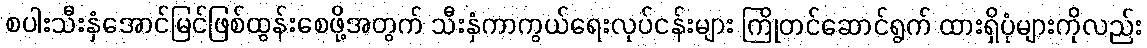
စပါးသီးနှံအောင်မြင်ဖြစ်ထွန်းစေဖို့အတွက် သီးနှံကာကွယ်ရေးလုပ်ငန်းများ ကြိုတင်ဆောင်ရွက် ထားရှိပုံများကိုလည်း